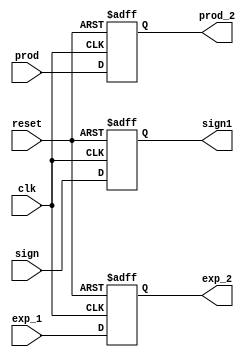
module reg1 (sign,exp_1,prod,clk,reset,sign1,exp_2,prod_2);
input sign,clk,reset;
input [8:0]exp_1;
input [47:0]prod;
output reg sign1;
output reg [8:0]exp_2;
output reg [47:0]prod_2;

always@ (posedge clk or negedge reset)
begin
		if (!reset)
		begin
				sign1 <= 0;
				exp_2 <= 0;
				prod_2 <= 0;
		end
		
	else
		begin
				sign1 <= sign;
				exp_2 <= exp_1;
				prod_2 <= prod;
		end
end
endmodule